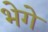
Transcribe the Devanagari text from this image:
भेगे